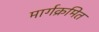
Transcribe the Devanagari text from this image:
मार्गक्रमित